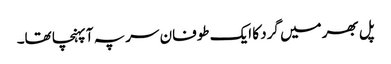
پل بھر میں گرد کا ایک طوفان سر پہ آ پہنچا تھا۔